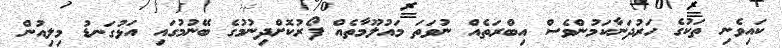
ކައިވެނި ތަކުގެ ހަރުދަނާކަމުންވެސް އިބްރަތެއް ނުވަތަ މައުލޫމާތެއް ފޯރުކޮށްދިނުމުގެ ބޭނުމުގައި އަޅުގަނޑު މިލިއުން